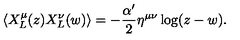
\left\langle X _ { L } ^ { \mu } ( z ) X _ { L } ^ { \nu } ( w ) \right\rangle = - \frac { \alpha ^ { \prime } } { 2 } \eta ^ { \mu \nu } \log ( z - w ) .